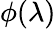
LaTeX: \phi(\lambda)